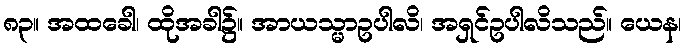
၈၃။ အထခေါ၊ ထိုအခါ၌။ အာယသ္မာဥပါလိ၊ အရှင်ဥပါလိသည်။ ယေန၊